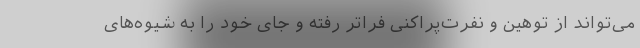
می‌تواند از توهین و نفرت‌پراکنی فراتر رفته و جای خود را به شیوه‌های